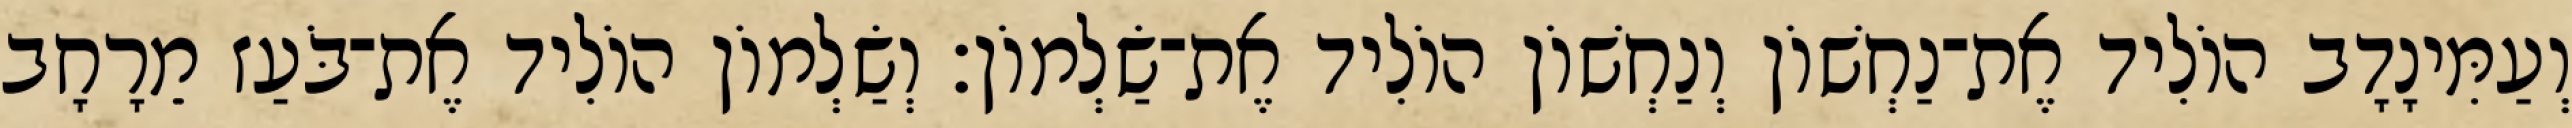
וְעַמִּינָדָב הוֹלִיד אֶת־נַחְשׁוֹן וְנַחְשׁוֹן הוֹלִיד אֶת־שַׂלְמוֹן׃ וְשַׂלְמוֹן הוֹלִיד אֶת־בֹּעַז מֵרָחָב